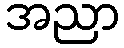
အညာ